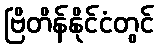
ဗြိတိန်နိုင်ငံတွင်